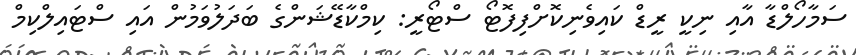
ސަމާހޯލްޑާ އާއި ނިކީ ރީޑް ކައިވެނިކޮށްފިފޮޓޯ ސްޓޯރީ: ކިމްކާޑޭޝަންގެ ބަދަލުވަމުން އައި ސްޓައިލްކިމް